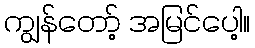
ကျွန်တော့် အမြင်ပေါ့။